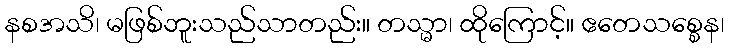
နစအသိ၊ မဖြစ်ဘူးသည်သာတည်း။ တသ္မာ၊ ထိုကြောင့်။ ဧတေသစ္စေန၊